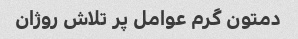
دمتون گرم عوامل پر تلاش روژان